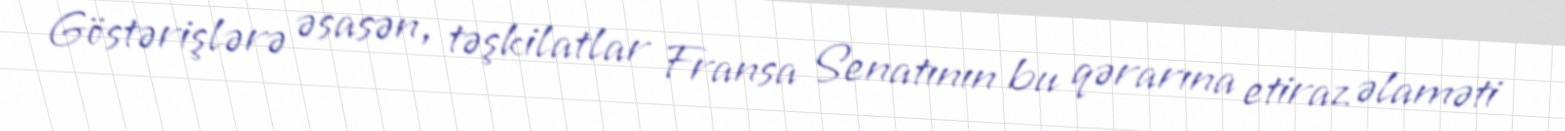
Göstərişlərə əsasən, təşkilatlar Fransa Senatının bu qərarına etiraz əlaməti